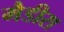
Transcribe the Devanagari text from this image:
मैडीरा